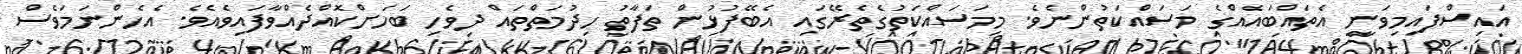
އައިސްފައިމިވަނީ އެތައްބައެއްގެ މަސައްކަތުންނެވެ. މިމަސައްކަތުގެތެރޭގައި އެބޭފުޅުން ތަފާތު ހިދުމަތްތައް ދިވެހި ބަހަށްކޮއްދެއްވާފައިވެއެވެ. އެހެންނަމަވެސް